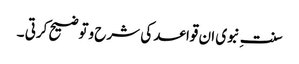
سنت ِنبوی ان قواعد کی شرح وتوضیح کرتی ۔